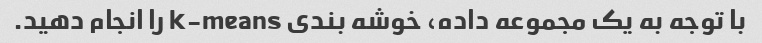
با توجه به یک مجموعه داده، خوشه بندی k-means را انجام دهید.